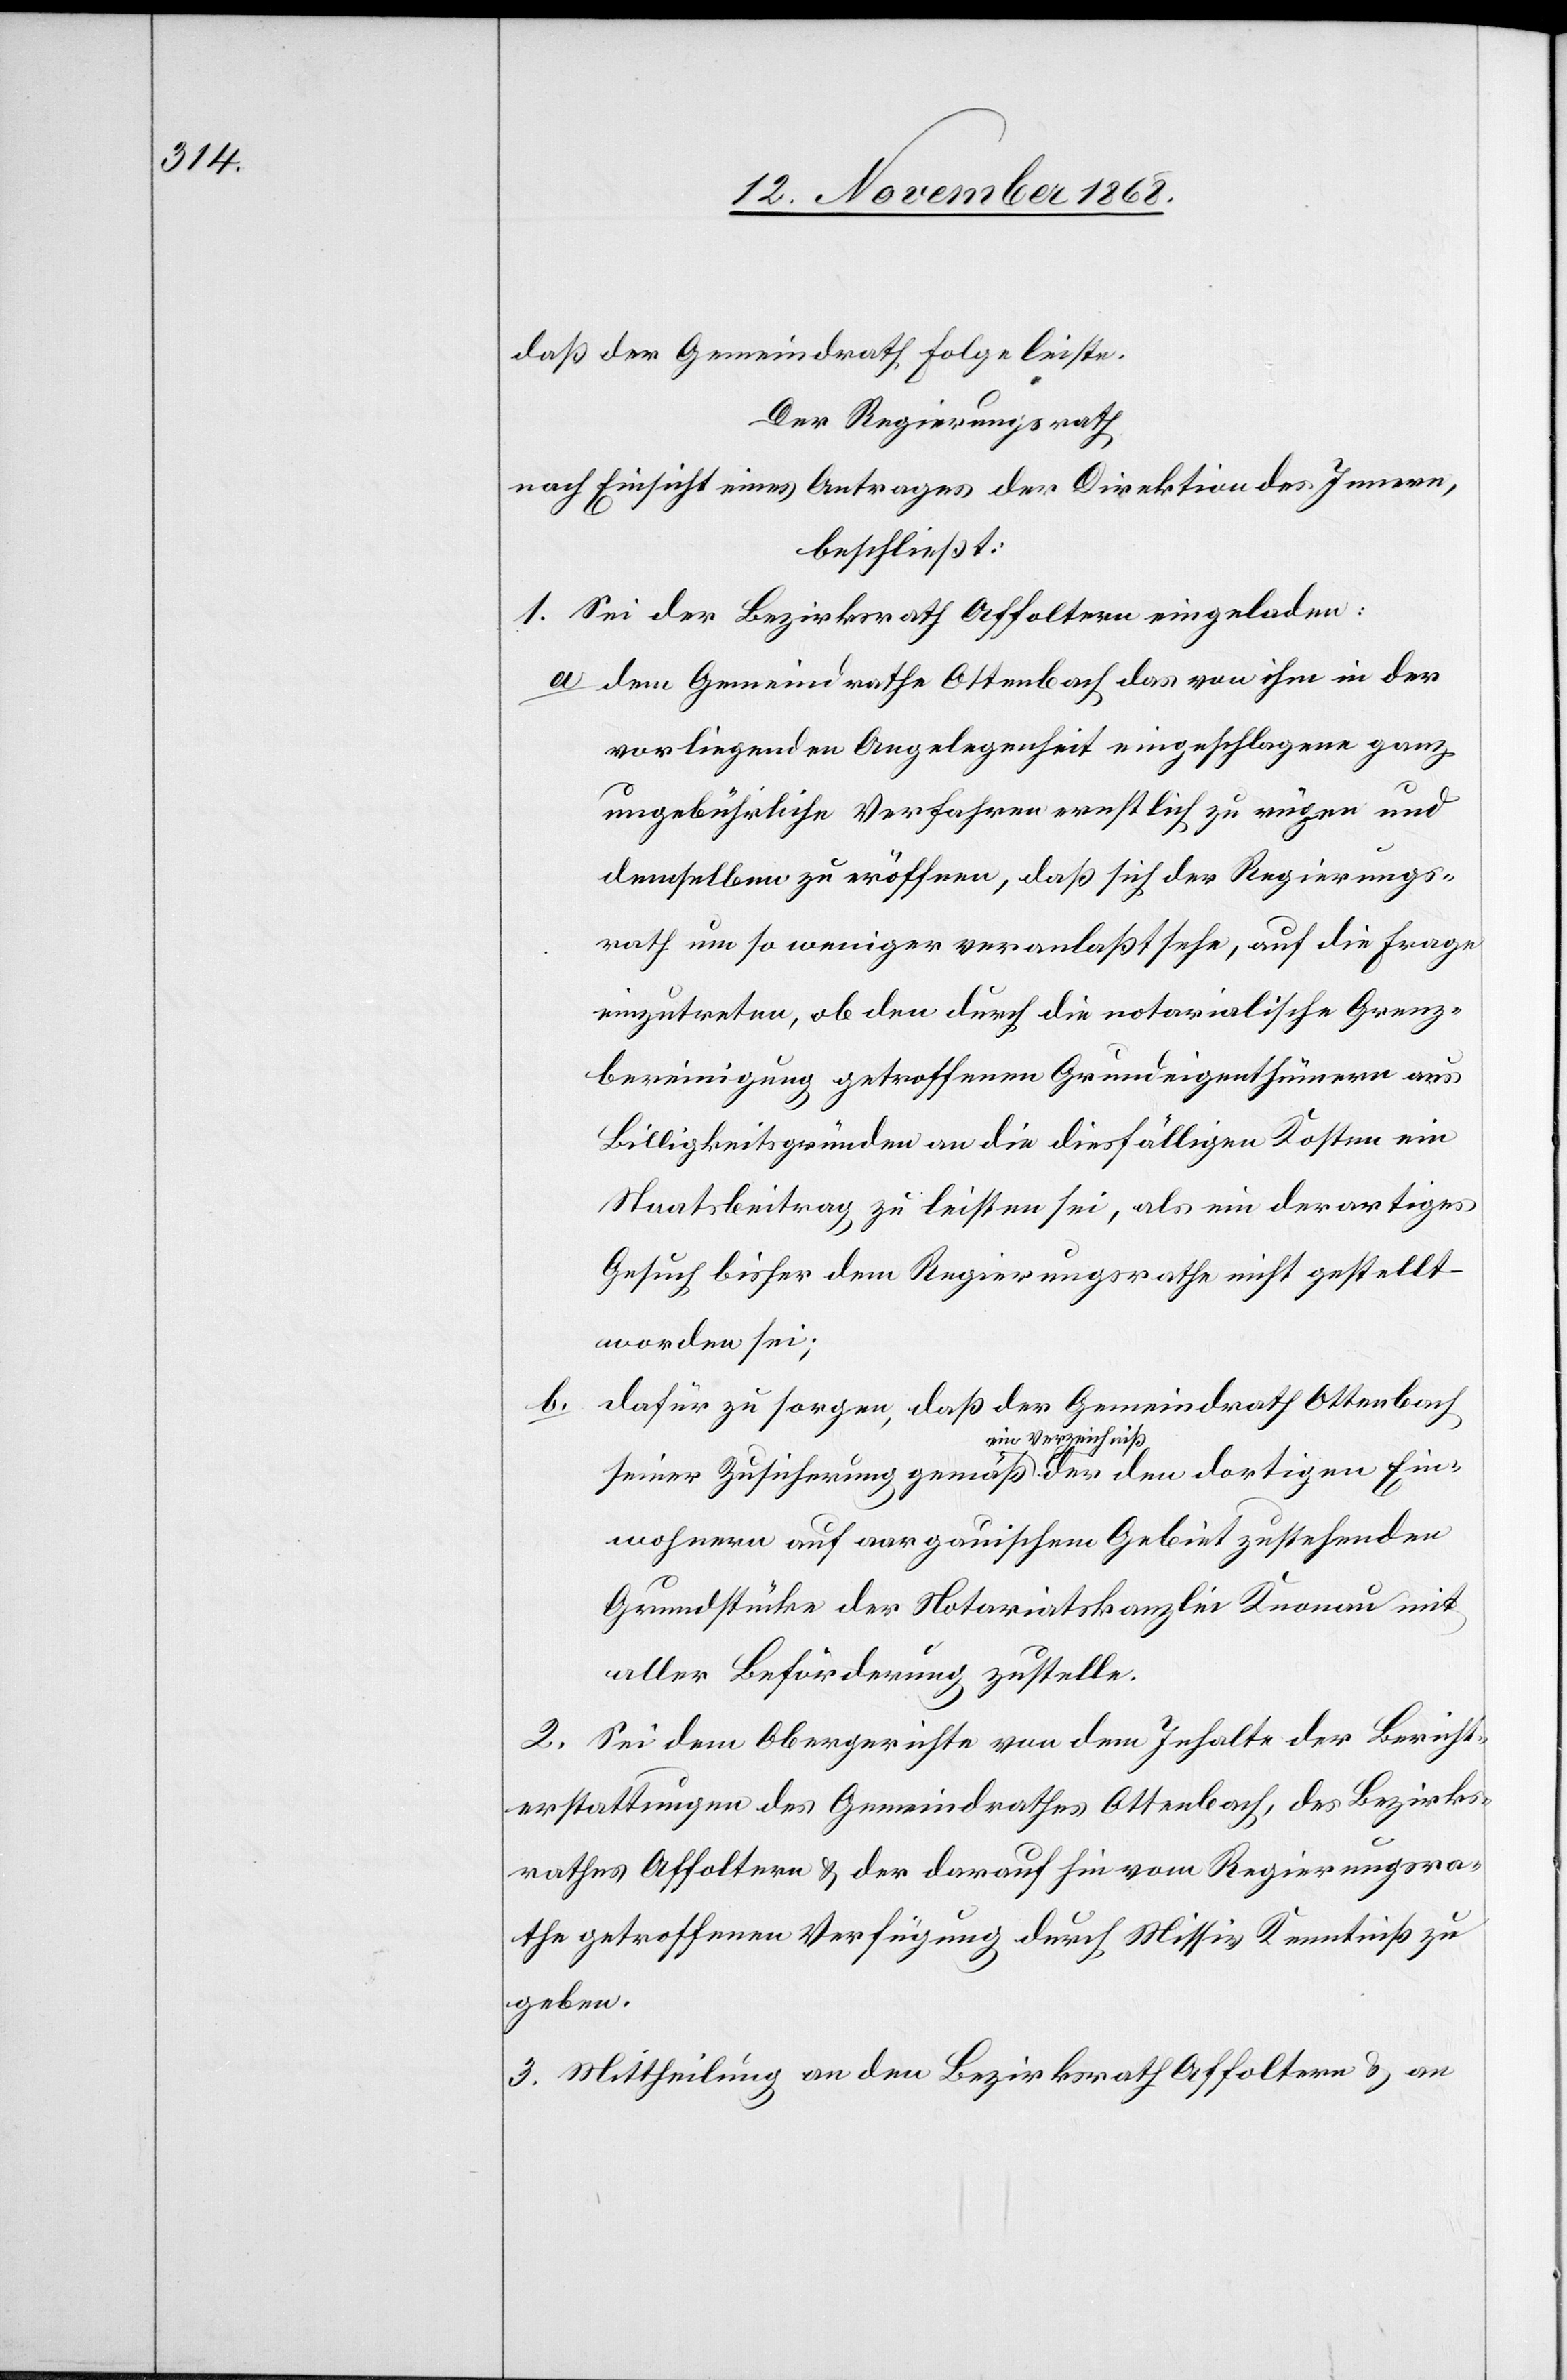
daß der Gemeindrath Folge leiste.
Der Regierungsrath
nach Einsicht eines Antrages der Direktion des Innern,
beschließt:
1. Sei der Bezirksrath Affoltern eingeladen:
dem Gemeindrathe Ottenbach das von ihm in der
vorliegenden Angelegenheit eingeschlagene ganz
ungebührliche Verfahren ernstlich zu rügen und
demselben zu eröffnen, daß sich der Regierungs¬
rath um so weniger veranlaßt sehe, auf die Frage
einzutreten, ob den durch die notarialische Grenz¬
bereinigung getroffenen Grundeigenthümern aus
Billigkeitsgründen an die diesfälligen Kosten ein
Staatsbeitrag zu leisten sei, als ein derartiges
Gesuch bisher dem Regierungsrathe nicht gestellt
worden sei;
b.
dafür zu sorgen, daß der Gemeindrath Ottenbach
seiner Zusicherung gemäß ein Verzeichniß der den dortigen Ein¬
wohnern auf aargauischem Gebiet zustehenden
Grundstücke der Notariatskanzlei Knonau mit
aller Beförderung zustelle.
2. Sei dem Obergerichte von dem Inhalte der Bericht¬
erstattungen des Gemeindrathes Ottenbach, des Bezirks¬
rathes Affoltern & der darauf hin vom Regierungsra¬
the getroffenen Verfügung durch Missiv Kenntniß zu
geben.
3. Mittheilung an den Bezirksrath Affoltern & an